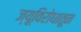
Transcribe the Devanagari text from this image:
ज्यूविरोधातून